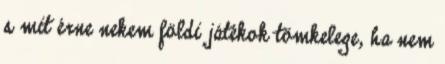
s mit érne nekem földi játékok tömkelege, ha nem